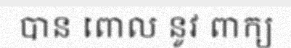
បាន ពោល នូវ ពាក្យ